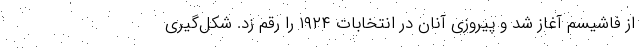
از فاشیسم آغاز شد و پیروزی آنان در انتخابات ۱۹۲۴ را رقم زد. شکل‌گیری